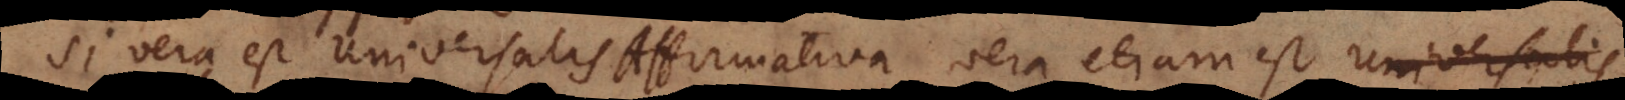
Si vera est Universalis Affirmativa, vera etiam est